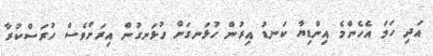
އަދި ހަމަ އެހެންމެ އިންޑިޔާ ކަނޑު އިރުން ހުޅަނގަށް ހުޅަނގުން އިރަށްވެސް ހުރަސްކުރާ